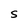
Character: S